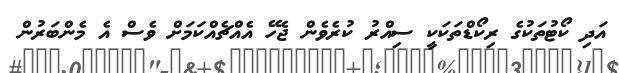
އަދި ކޯޓުތަކުގެ ރިކޯޑްތަކަކީ ސިއްރު ކުރެވެން ޖެހޭ އެއްޗެއްކަމަށް ވެސް އެ މެންބަރުން